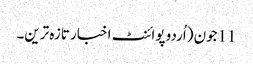
11جون (اُردو پوائنٹ اخبار تازہ ترین۔